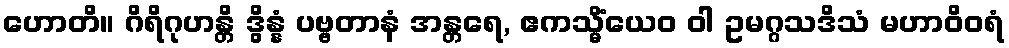
ဟောတိ။ ဂိရိဂုဟန္တိ ဒွိန္နံ ပဗ္ဗတာနံ အန္တရေ, ဧကသ္မိံယေဝ ဝါ ဥမဂ္ဂသဒိသံ မဟာဝိဝရံ